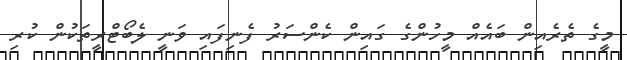
މީގެ ތެރެއިން ބައެއް މީހުންގެ ގައިން ކެންސަރު ފެނިފައި ވަނީ ލެބޯޓްރީތަކުން ކުރި